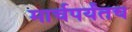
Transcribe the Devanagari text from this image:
मार्चपर्यंतच